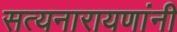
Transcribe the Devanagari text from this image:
सत्यनारायणांनी